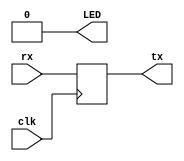
// SPI Byte Interface, top level module
// Platform: Altera Cyclone IV using Quartus 21.1 (>=16.1)
// Documentation: https://coertvonk.com/hw/math-talk/byte-exchange-with-a-fpga-as-slave-30818
//
// Demonstrates byte exchange with Arduino where FPGA is the SPI slave
//   - The Arduino sends an alternating pattern of 0xAA and 0x55 to the FPGA.
//   - On the FPGA, LED[0] will be on when it receives 0xAA.  Consequentially it will blink with 10% duty cycle.
//   - The FPGA always returns 0x55, what is displayed on the serial port.
//   
// The protocol is specified at https://coertvonk.com/hw/math-talk/bytes-exchange-protocol-30814
//
// GNU GENERAL PUBLIC LICENSE Version 3, check the file LICENSE for more information
// (c) Copyright 2015-2022, Coert Vonk
// All rights reserved.  Use of copyright notice does not imply publication.
// All text above must be included in any redistribution

`timescale 1ns / 1ps
`default_nettype none

// for SPI MODE 3
module usb_test( input wire clk,  
                 input wire [8191:0] rx,
					  output reg [0:0] LED = 0,
					  output reg [8191:0] tx = 0
                  ); // PLL clock  locked
								 
 
	always @(posedge clk)
	   tx<=rx;
			
endmodule